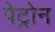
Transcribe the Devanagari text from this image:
पेट्रोन